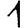
Digit: 1